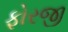
ફોરજી